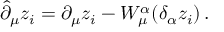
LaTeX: \hat { \partial } _ { \mu } z _ { i } = \partial _ { \mu } z _ { i } - W _ { \mu } ^ { \alpha } ( \delta _ { \alpha } z _ { i } ) \, .